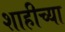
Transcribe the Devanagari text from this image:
शाहीच्या